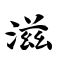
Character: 滋